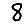
Digit: 8